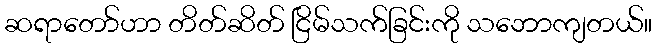
ဆရာတော်ဟာ တိတ်ဆိတ် ငြိမ်သက်ခြင်းကို သဘောကျတယ်။